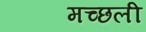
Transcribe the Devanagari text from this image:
मच्छली